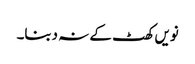
نویں کھٹ کے نہ دبنا۔